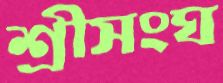
শ্রীসংঘ